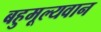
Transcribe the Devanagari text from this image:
बहुमूल्यवान